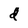
Character: d